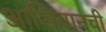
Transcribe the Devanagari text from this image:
आसियानची